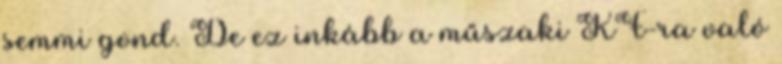
semmi gond. De ez inkább a műszaki KF-ra való